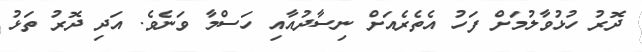
ދޮރު ހުޅުވާލުމަށް ފަހު އެތެރެއަށް ނިސާދުއާއި ހަސްމާ ވަނެވެ. އަދި ދޮރު ތަޅު